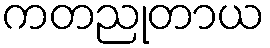
ကတညုတာယ